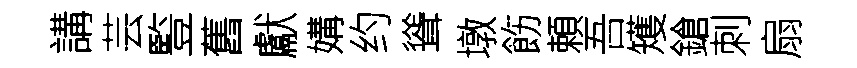
講芸䜿舊獻媾约聳墩飭頼吾矱鎗刺扇